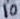
Text: 10